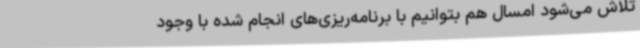
تلاش می‌شود امسال هم بتوانیم با برنامه‌ریزی‌های انجام شده با وجود